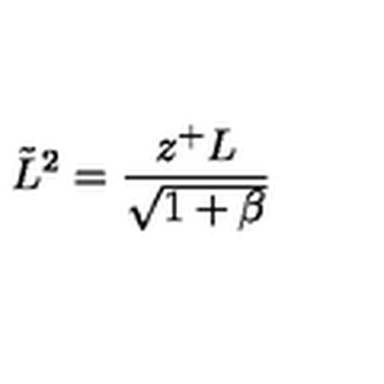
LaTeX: \tilde { L } ^ { 2 } = \frac { z ^ { + } L } { \sqrt { 1 + \beta } }